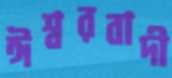
ঈশ্বরবাদী